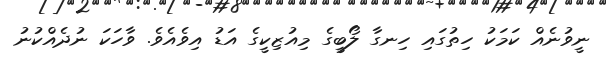
ނީވުނެއް ކަމަކު ހިތުގައި ހިނގާ ލޯބީގެ މިއުޒިކީގެ އަޑު އިވެއެވެ. ވާހަކަ ނުދެއްކުނު